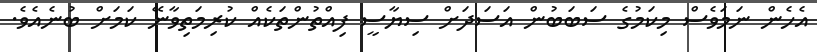
އެހެން ނަމަވެސް މިކަމުގެ ސަބަބުން އަސަދަށް ސިޔާސީ ފިއްތުންތަކެއް ކުރިމަތިވާނޭ ކަމަށް ބުނެއެވެ.